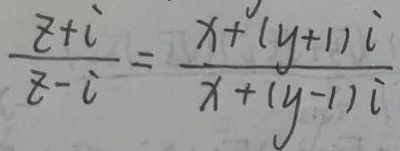
\frac { z + i } { z - i } = \frac { x + ( y + 1 ) i } { x + ( y - 1 ) i }